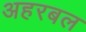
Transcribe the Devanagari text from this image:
अहरबल